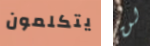
يتكلمون لن